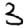
Digit: 3